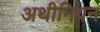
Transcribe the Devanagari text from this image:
अथीनियन